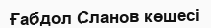
Ғабдол Сланов көшесі